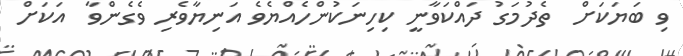
ވި ބަޔަކަށް  ތެދުމަގު ދައްކަވާނީ ކިހިނަކުންހެއްޔެވެ އަނިޔާވެރި ވެގެންވާ  އަކަށް